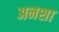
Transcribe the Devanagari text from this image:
अनशा